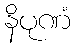
နိပုဏံ